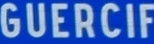
GUERCIF